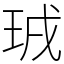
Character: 珬